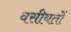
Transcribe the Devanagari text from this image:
वसीयतों